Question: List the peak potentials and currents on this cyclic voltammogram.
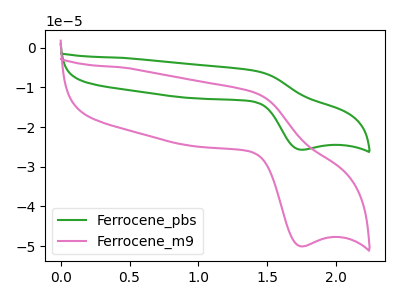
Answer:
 <answer>The green curve "Ferrocene_pbs" has an anodic peak at (1.40V, -5.85uA) and a cathodic peak at (1.75V, -25.70uA). The pink curve "Ferrocene_m9" has an anodic peak at (1.40V, -11.40uA) and a cathodic peak at (1.75V, -50.05uA).</answer>
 <eval></eval>